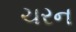
ચરન